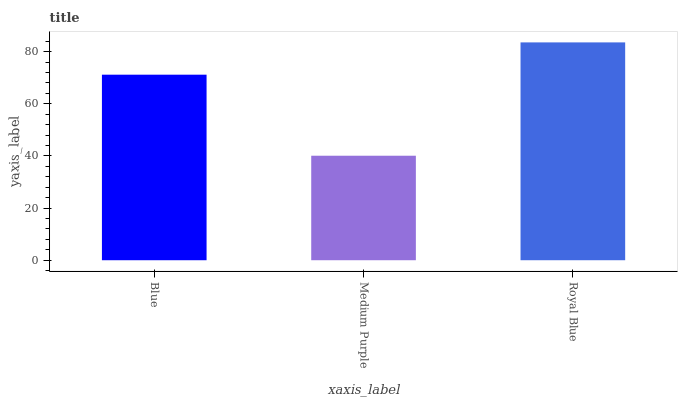
| xaxis_label | bars |
 | --- | --- |
 | Blue | 71.1 |
 | Medium Purple | 40.1 |
 | Royal Blue | 83.5 |